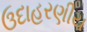
ઉદાહરણીય